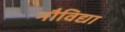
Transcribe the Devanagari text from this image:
नौविद्या